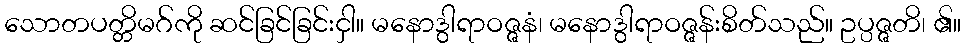
သောတပတ္တိမဂ်ကို ဆင်ခြင်ခြင်းငှါ။ မနောဒွါရာဝဇ္ဇနံ၊ မနောဒွါရာဝဇ္ဇန်းစိတ်သည်။ ဥပ္ပဇ္ဇတိ၊ ၏။